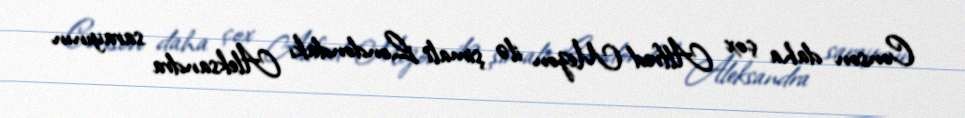
Conson daha çox Alfred Mezon ilə şimali Londondakı Aleksandra sarayının